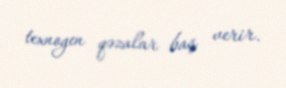
texnogen qəzalar baş verir.